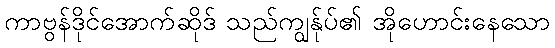
ကာဗွန်ဒိုင်အောက်ဆိုဒ် သည်ကျွန်ုပ်၏ အိုဟောင်းနေသော